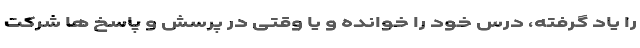
را یاد گرفته، درس خود را خوانده و یا وقتی در پرسش و پاسخ ها شرکت